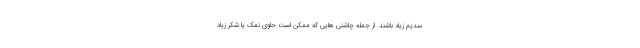
سدیم زیاد باشند. از جمله چاشنی هایی که ممکن است حاوی نمک یا شکر زیاد